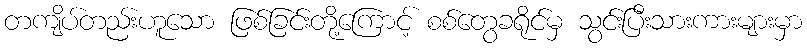
တကျိပ်တည်းဟူသော ဖြစ်ခြင်းတို့ကြောင့် စစ်တွေခရိုင်မှ သွင်းပြီးသားကားများမှာ